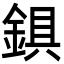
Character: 𨨣